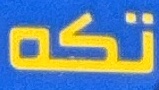
تكە